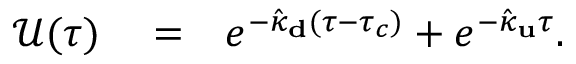
\begin{array} { r l r } { \mathcal { U } ( \tau ) } & { { } = } & { e ^ { - \hat { \kappa } _ { \bf d } ( \tau - \tau _ { c } ) } + e ^ { - \hat { \kappa } _ { \bf u } \tau } . } \end{array}